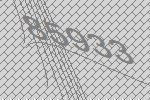
85933